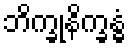
ဘိက္ခုနိက္ခန္ဓံ